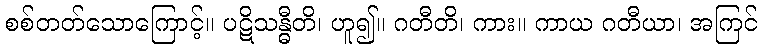
စစ်တတ်သောကြောင့်။ ပဋိသန္ဓီတိ၊ ဟူ၍။ ဂတီတိ၊ ကား။ ကာယ ဂတီယာ၊ အကြင်